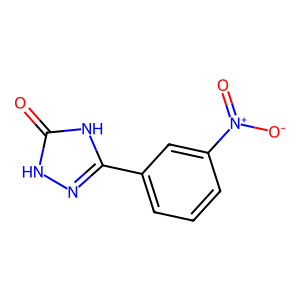
SMILES: O=c1[nH]nc(-c2cccc([N+](=O)[O-])c2)[nH]1
Inhibits HIV replication: No